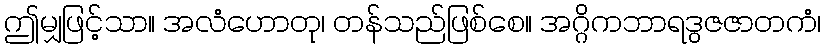
ဤမျှဖြင့်သာ။ အလံဟောတု၊ တန်သည်ဖြစ်စေ။ အဂ္ဂိကဘာရဒွဇဇာတကံ၊